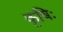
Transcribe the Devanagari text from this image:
कृषिः